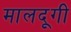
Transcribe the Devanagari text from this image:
मालदूगी